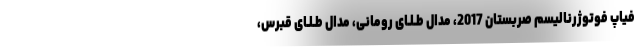
فیاپ فوتوژرنالیسم صربستان 2017، مدال طـلـای رومانی، مدال طـلـای قبرس،